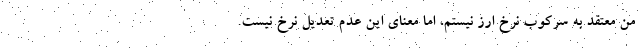
من معتقد به سرکوب نرخ ارز نیستم، اما معنای این عدم تعدیل نرخ نیست.